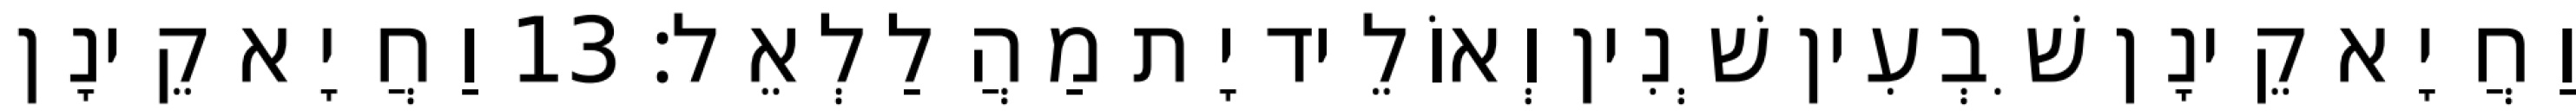
וַחֲיָא קֵינָן שִׁבְעִין שְׁנִין וְאוֹלֵיד יָת מַהֲלַלְאֵל׃ 13 וַחֲיָא קֵינָן